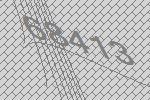
68413